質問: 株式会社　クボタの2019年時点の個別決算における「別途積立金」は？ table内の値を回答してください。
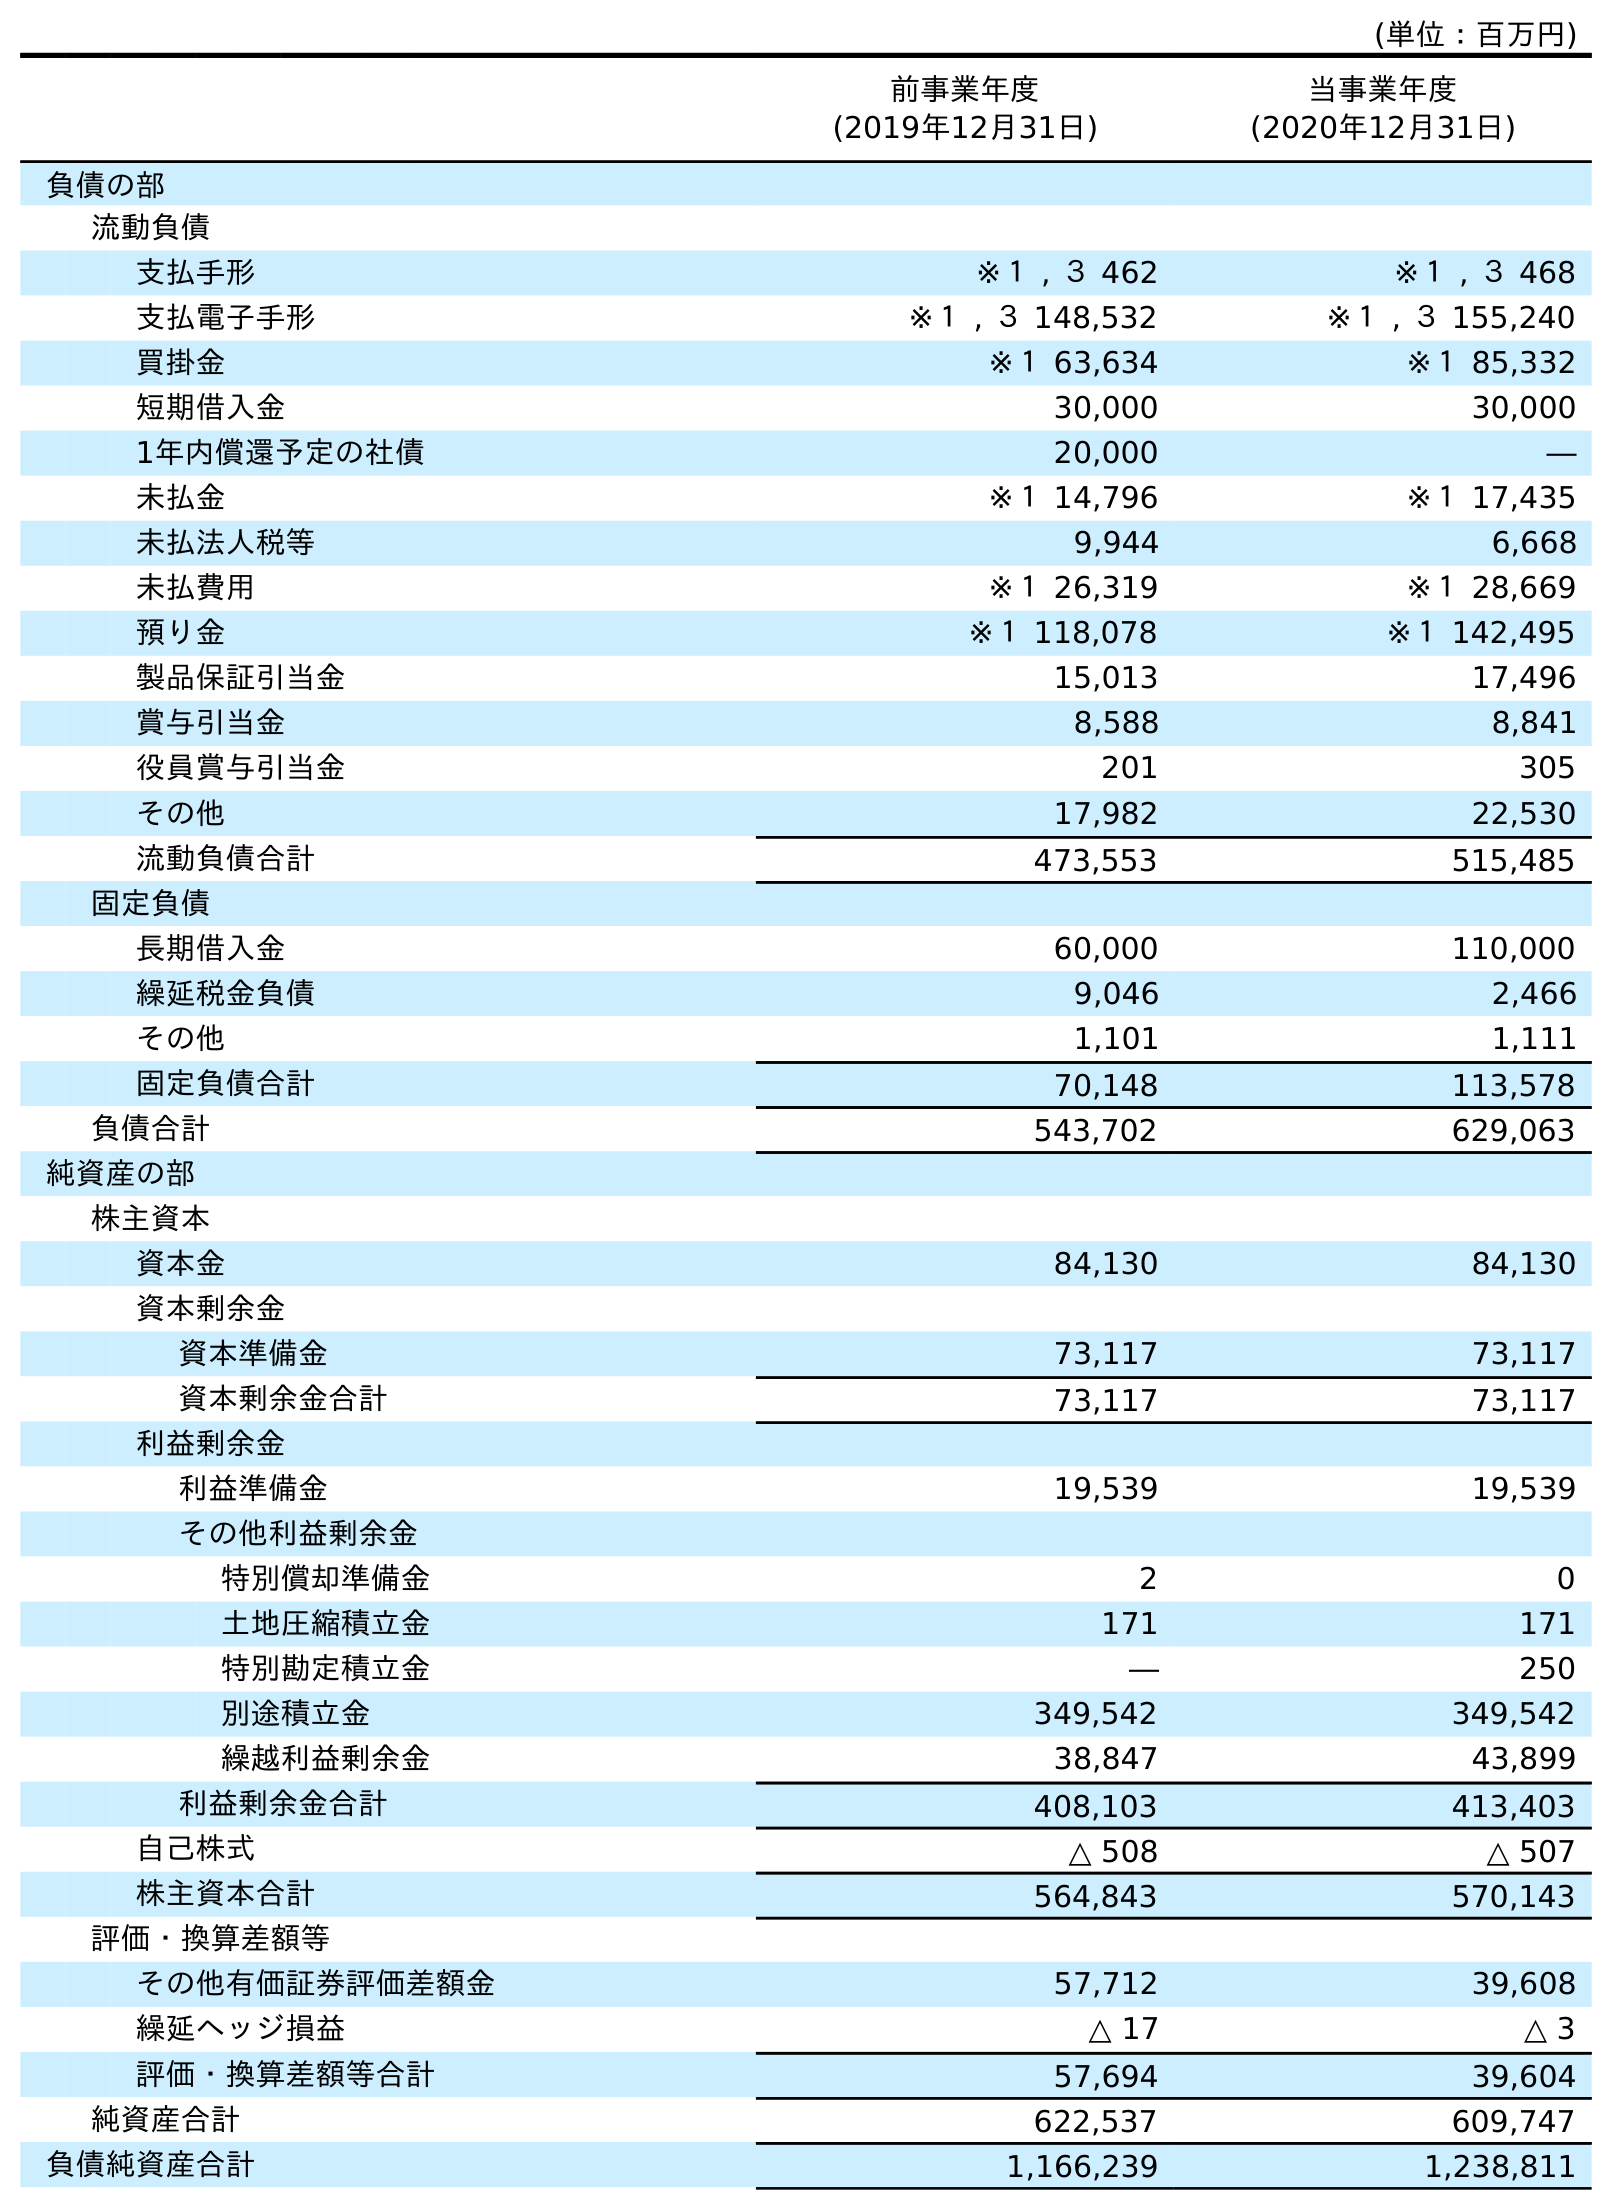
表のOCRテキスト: (単位：百万円) 前事業年度 (2019年12月31日) 当事業年度 (2020年12月31日) 負債の部 流動負債 支払手形 ※１ , ３ 462 ※１ , ３ 468 支払電子手形 ※１ , ３ 148,532 ※１ , ３ 155,240 買掛金 ※１ 63,634 ※１ 85,332 短期借入金 30,000 30,000 1年内償還予定の社債 20,000 ― 未払金 ※１ 14,796 ※１ 17,435 未払法人税等 9,944 6,668 未払費用 ※１ 26,319 ※１ 28,669 預り金 ※１ 118,078 ※１ 142,495 製品保証引当金 15,013 17,496 賞与引当金 8,588 8,841 役員賞与引当金 201 305 その他 17,982 22,530 流動負債合計 473,553 515,485 固定負債 長期借入金 60,000 110,000 繰延税金負債 9,046 2,466 その他 1,101 1,111 固定負債合計 70,148 113,578 負債合計 543,702 629,063 純資産の部 株主資本 資本金 84,130 84,130 資本剰余金 資本準備金 73,117 73,117 資本剰余金合計 73,117 73,117 利益剰余金 利益準備金 19,539 19,539 その他利益剰余金 特別償却準備金 2 0 土地圧縮積立金 171 171 特別勘定積立金 ― 250 別途積立金 349,542 349,542 繰越利益剰余金 38,847 43,899 利益剰余金合計 408,103 413,403 自己株式 △ 508 △ 507 株主資本合計 564,843 570,143 評価・換算差額等 その他有価証券評価差額金 57,712 39,608 繰延ヘッジ損益 △ 17 △ 3 評価・換算差額等合計 57,694 39,604 純資産合計 622,537 609,747 負債純資産合計 1,166,239 1,238,811
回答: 349,542